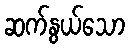
ဆက်နွယ်သော